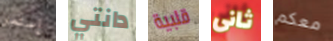
إستمر دانتي قلبية ثانى معكم